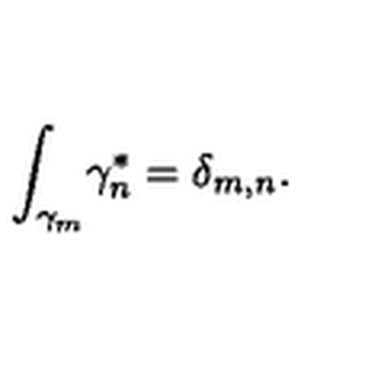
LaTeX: { \int _ { \gamma _ { m } } } { \gamma _ { n } ^ { \ast } } = { \delta _ { m , n } } .